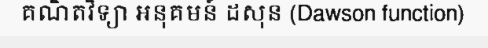
គណិតវិទ្យា អនុគមន៍ ដសុន (Dawson function)